Account of plague administration in the Bombay Presidency from September 1896 till May 1897
Year: 1896
Disease focus: Plague
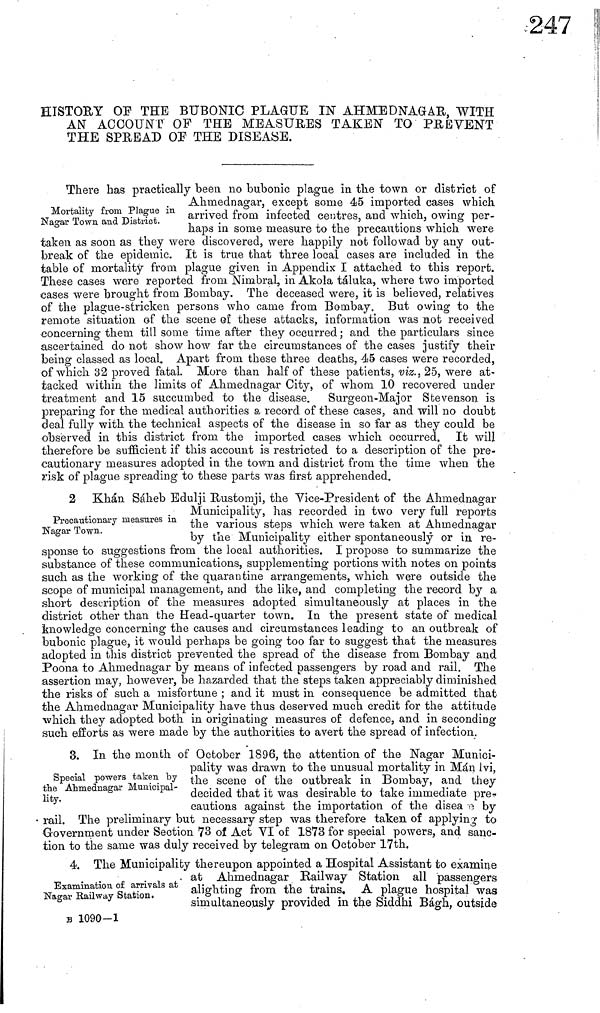
HISTORY OF THE BUBONIC PLAGUE IN AHMEDNAGAR,, WITH
AN ACCOUNT OF THE MEASURES TAKEN TO PREVENT
THE SPREAD OP THE DISEASE.
Mortality from Plague in
Nagar Town and District.
There has praetically been no bubonic plague in the town or district of
Ahmednagar, except some 45 imported cases which
arrived from infected centres, and which, owing per-
haps in some measure to the precautions which were
taken as soon as they were discovered, were happily not folio wad by any out-
break of the epidemic. It is true that three local cases are included in the
table of mortality from plague given in Appendix I attached to this report.
These cases were reported from Nimbral, in Akola táluka, where two imported
cases were brought from Bombay. The deceased were, it is believed, relatives
of the plague-stricken persons who came from Bombay. But owing to the
remote situation of the scene of these attacks, information was not received
concerning them till some time after they occurred; and the particulars since
ascertained do not show how far the circumstances of the cases justify their
being classed as local. Apart from these three deaths, 45 cases were recorded,
of which 32 proved fatal. More than half of these patients, viz., 25, were at-
tacked within the limits of Ahmednagar City, of whom 10 recovered under
treatment and 15 succumbed to the disease. Surgeon-Major Stevenson is
preparing for the medical authorities a record of these cases, and will no doubt
deal fully with the technical aspects of the disease in so far as they could be
observed in this district from, the imported cases which occurred. It will
therefore be sufficient if this account is restricted to a description of the pre-
cautionary measures adopted in the town and district from the time when the
risk of plague spreading to these parts was first apprehended.
Precautionary measures in
Nagar Town.
2 Khan Sáheb Edulji Rustomji, the Vice-President of the Ahmednagar
Municipality, has recorded in two very full reports
the various steps which were taken at Ahniednagar
by the Municipality either spontaneously or in re-
sponse to suggestions from the local authorities. I propose to summarize the
substance of these communications, supplementing portions with notes on points
such as the working of the quarantine arrangements, which were outside the
scope of municipal management, and the like, and completing the record by a
short description of the measures adopted simultaneously at places in the
district other than the Head-quarter town. In the present state of medical
knowledge concerning the causes and circumstances leading to an outbreak of
bubonic plague, it would perhaps be going too far to suggest that the measures
adopted in this district prevented the spread of the disease from Bombay and
Poona to Ahmednagar by means of infected passengers by road and rail. The
assertion may, however, be hazarded that the steps taken appreciably diminished
the risks of such a misfortune ; and it must in consequence be admitted that
the Ahmednagar Municipality have thus deserved much credit for the attitude
which they adopted both in originating measures of defence, and in seconding
such efforts as were made by the authorities to avert the spread of infection.
Special powers taken by
the Ahmednagar Municipal-
lity.
3. In the month of October 1896, the attention of the Nagar Munici-
pality was drawn to the unusual mortality in Mán Ivi,
the scene of the outbreak in Bombay, and they
decided that it was desirable to take immediate pre-
cautions against the importation of the disease by
rail. The preliminary but necessary step was therefore taken of applying to
Government under Section 73 of Act VI of 1873 for special powers, and sanc-
tion to the same was duly received by telegram on October 17th.
Examination of arrivals at
Nagar Railway Station.
4. The Municipality thereupon appointed a Hospital Assistant fco examine
at Ahmednagar Railway btation all passengers
alighting from the trains, A plague hospital was
simultaneously provided in the Siddhi Bágh, outside
B 1090-1